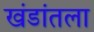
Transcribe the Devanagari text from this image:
खंडांतला